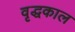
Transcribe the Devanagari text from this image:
वृद्धकाल